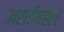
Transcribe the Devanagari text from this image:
अराईव्हल